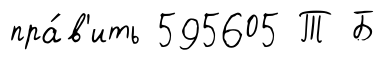
пра́в'ить 595605 Т Б